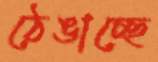
ঠেঙাচ্ছে